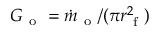
G _ { \mathrm { ~ o ~ } } = \dot { m } _ { \mathrm { ~ o ~ } } / ( \pi r _ { \mathrm { ~ f ~ } } ^ { 2 } )